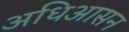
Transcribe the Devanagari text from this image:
अधिआसन